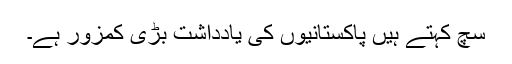
سچ کہتے ہیں پاکستانیوں کی یادداشت بڑی کمزور ہے۔